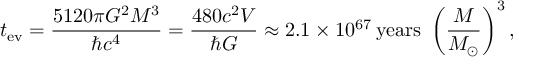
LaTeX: t _ { \mathrm { e v } } = { \frac { 5 1 2 0 \pi G ^ { 2 } M ^ { 3 } } { \hbar c ^ { 4 } } } = { \frac { 4 8 0 c ^ { 2 } V } { \hbar G } } \approx 2 . 1 \times 1 0 ^ { 6 7 } \, { \mathrm { y e a r s } } \ \left( { \frac { M } { M _ { \odot } } } \right) ^ { 3 } ,